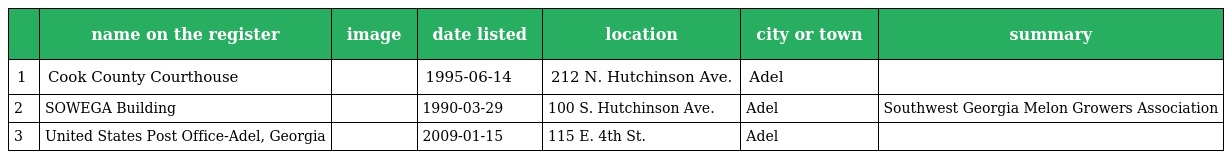
|  | name on the register | image | date listed | location | city or town | summary |
 | --- | --- | --- | --- | --- | --- | --- |
 | 1 | Cook County Courthouse |  | 1995-06-14 | 212 N. Hutchinson Ave. | Adel |  |
 | 2 | SOWEGA Building |  | 1990-03-29 | 100 S. Hutchinson Ave. | Adel | Southwest Georgia Melon Growers Association |
 | 3 | United States Post Office-Adel, Georgia |  | 2009-01-15 | 115 E. 4th St. | Adel |  |